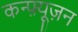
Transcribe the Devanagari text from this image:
कन्फ़्यूज़न